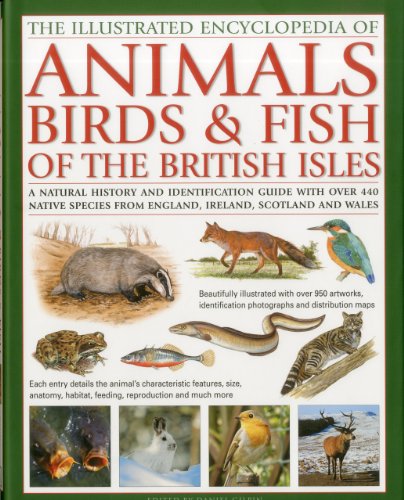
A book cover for The Illustrated Encyclopedia of Animals, Birds & Fish of British Isles: A natural history and identification guide with over 440 native species from England, Ireland, Scotland and Wales; Tom Jackson; Reference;